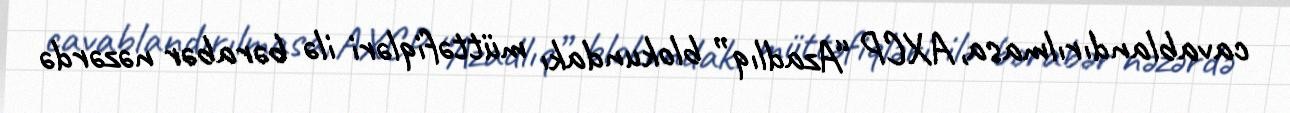
cavablandırılmasa, AXCP “Azadlıq” blokundakı müttəfiqləri ilə bərabər nəzərdə